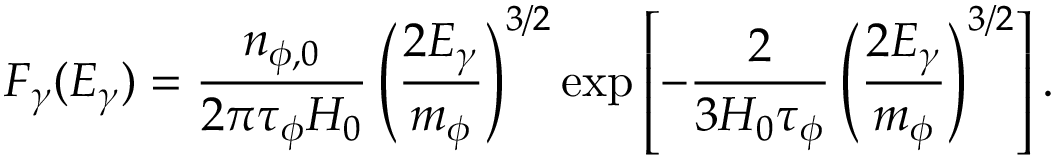
F _ { \gamma } ( E _ { \gamma } ) = \frac { n _ { \phi , 0 } } { 2 \pi \tau _ { \phi } H _ { 0 } } \left( \frac { 2 E _ { \gamma } } { m _ { \phi } } \right) ^ { 3 / 2 } \exp \left[ - \frac { 2 } { 3 H _ { 0 } \tau _ { \phi } } \left( \frac { 2 E _ { \gamma } } { m _ { \phi } } \right) ^ { 3 / 2 } \right] .